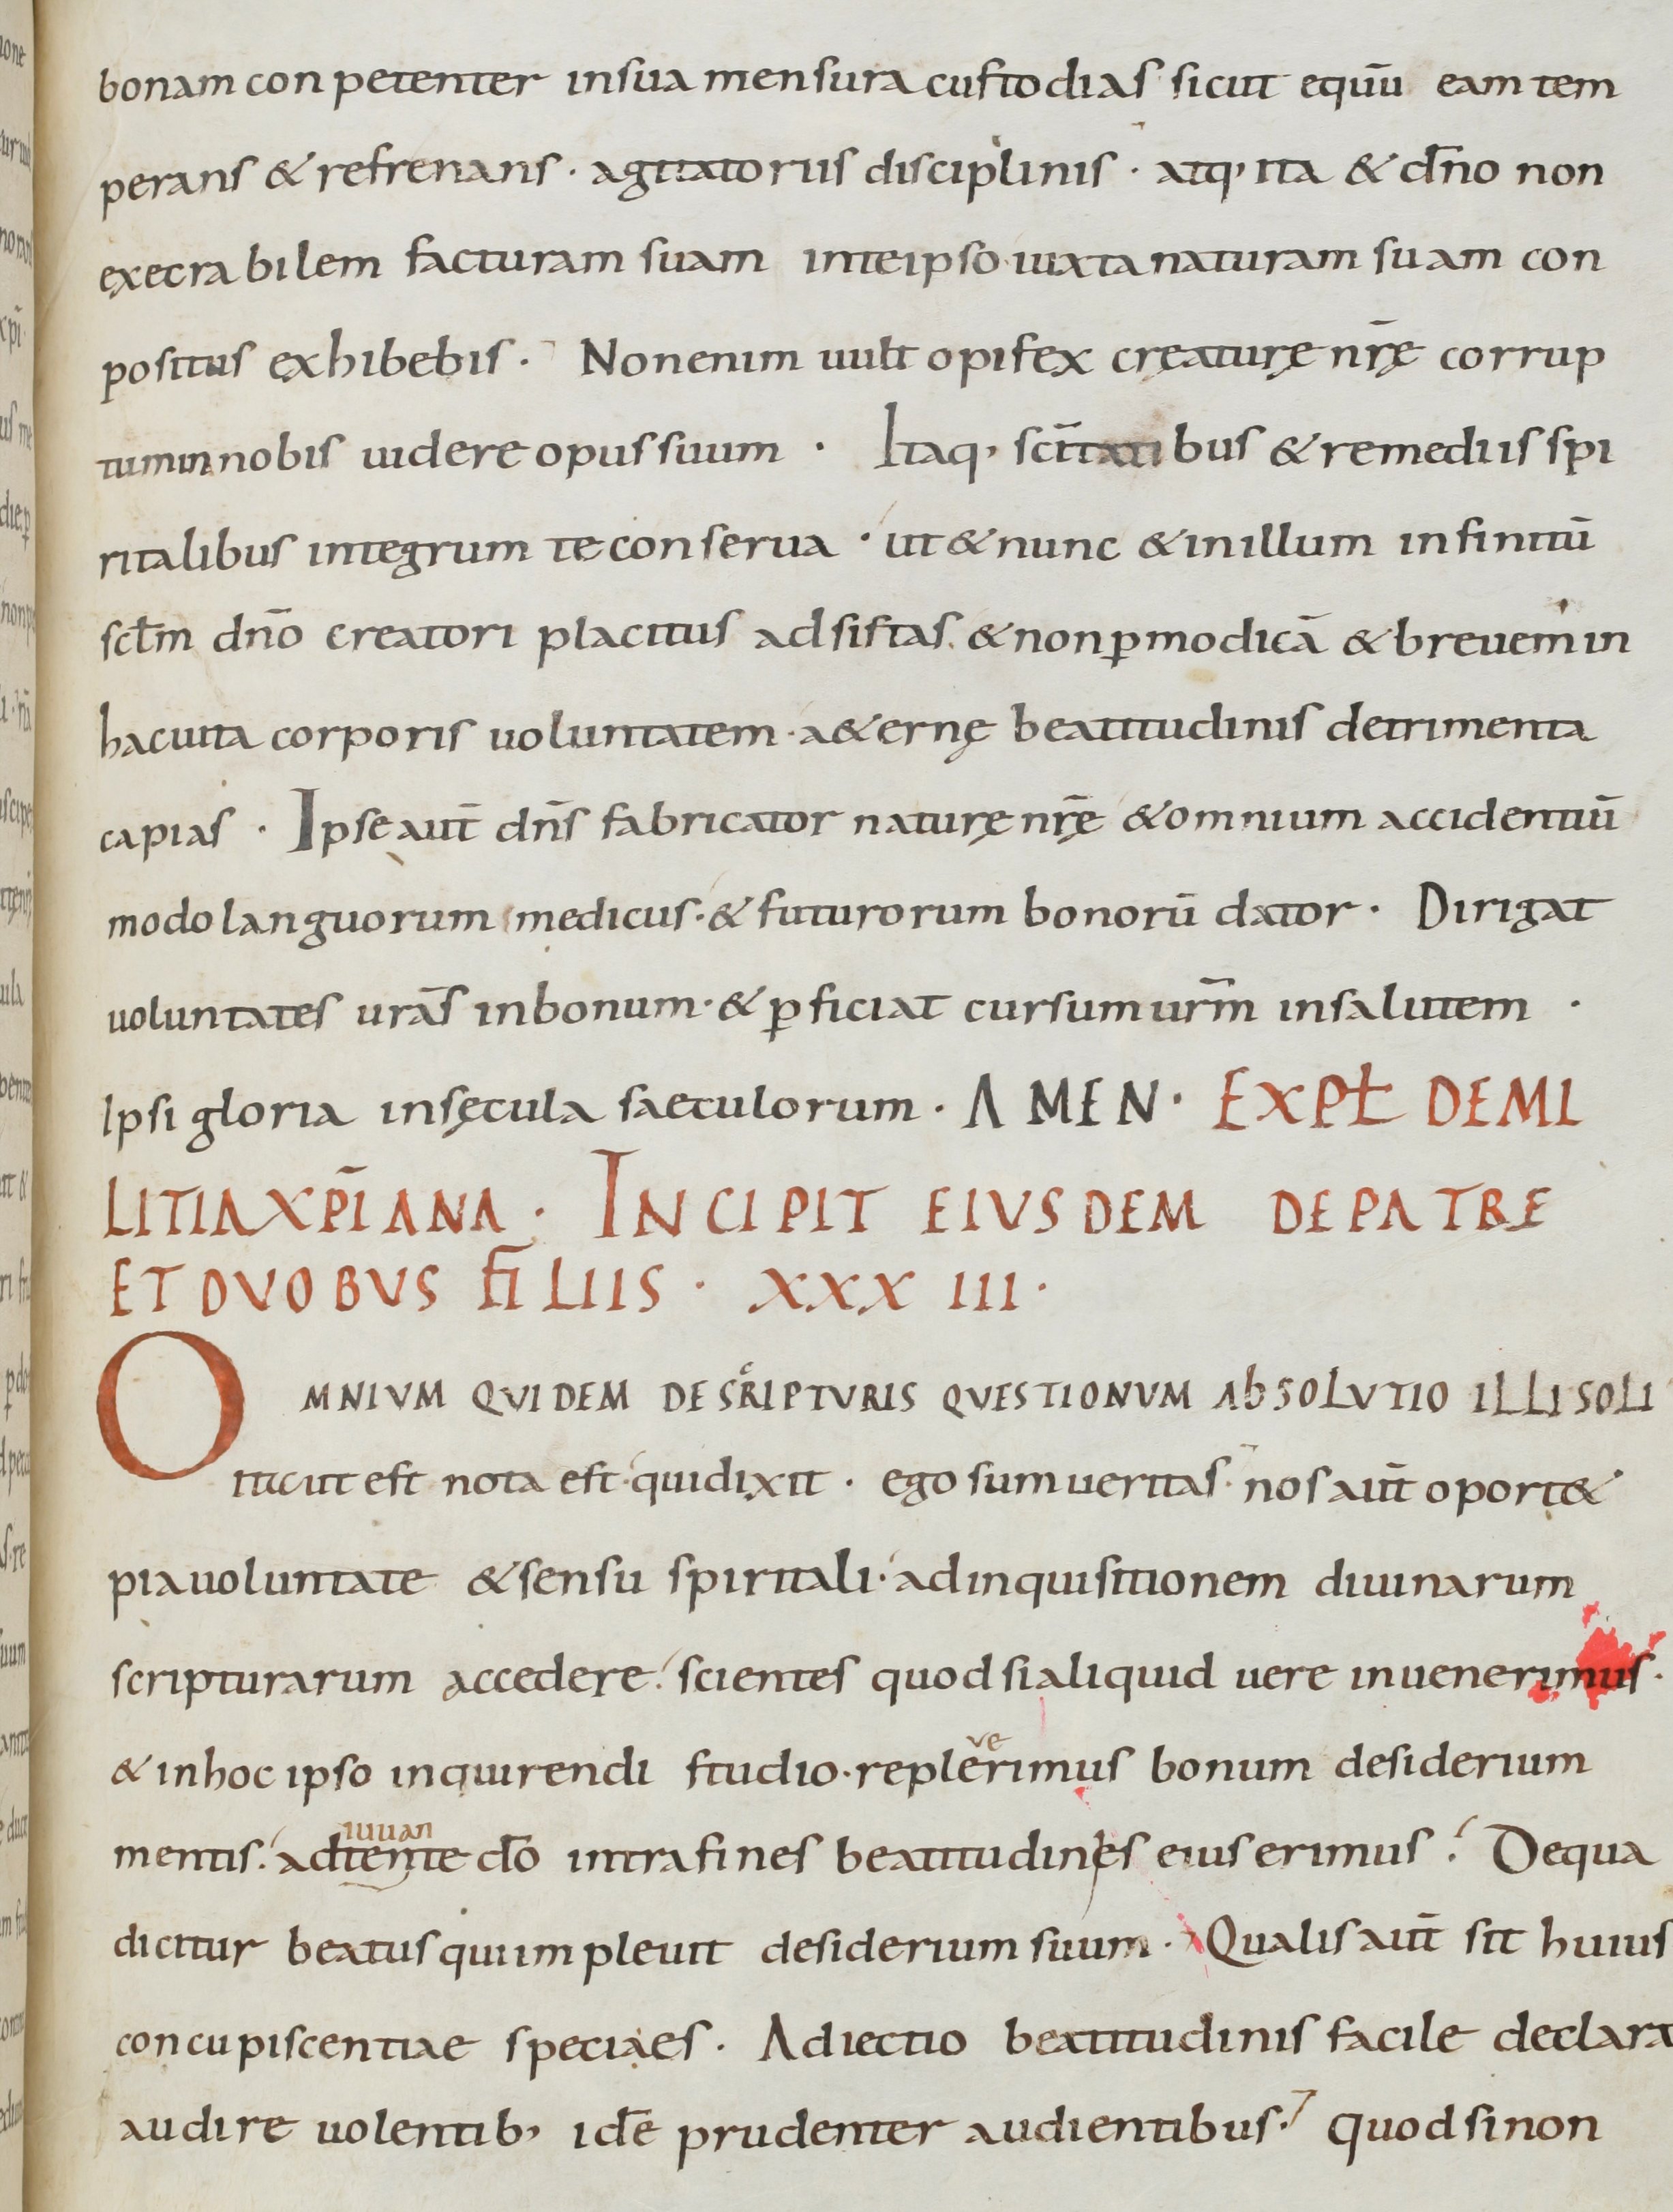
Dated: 800–899